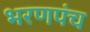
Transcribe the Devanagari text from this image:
भरणपंच